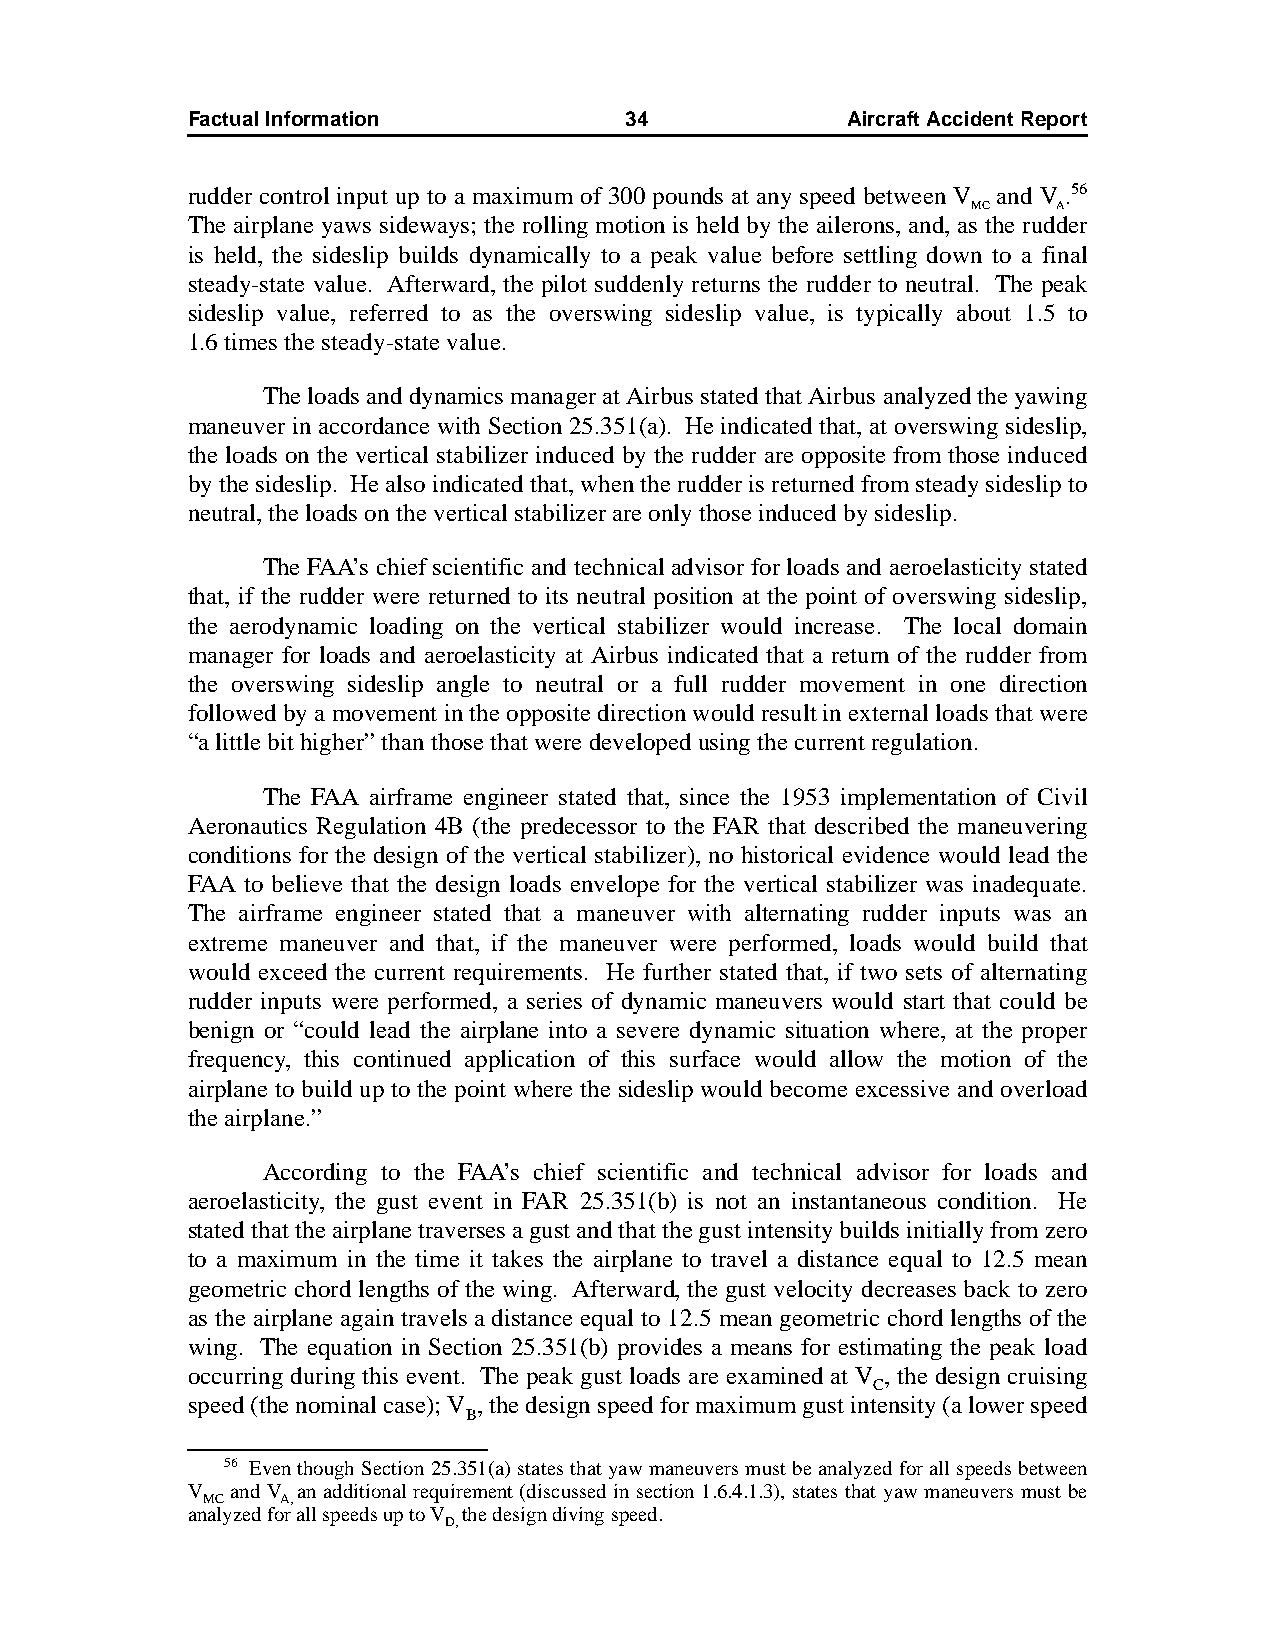
Factual Information          34             AircraftAccidentReport
 rudder control input up to a maximum of 300 pounds at any speed between V and V .56
 MC    A
 The airplane yaws sideways; the rolling motion is held by the ailerons, and, as the rudder
 is held, the sideslip builds dynamically to a peak value before settling down to a final
 steady-state value. Afterward, the pilot suddenly returns the rudder to neutral. The peak
 sideslip value, referred to as the overswing sideslip value, is typically about 1.5 to
 1.6times the steady-state value.
 The loads and dynamics manager at Airbus stated that Airbus analyzed the yawing
 maneuver in accordance with Section 25.351(a). He indicated that, at overswing sideslip,
 the loads on the vertical stabilizer induced by the rudder are opposite from those induced
 by the sideslip. He also indicated that, when the rudder is returned from steady sideslip to
 neutral, the loads on the vertical stabilizer are only those induced by sideslip.
 The FAA’s chief scientific and technical advisor for loads and aeroelasticity stated
 that, if the rudder were returned to its neutral position at the point of overswing sideslip,
 the aerodynamic loading on the vertical stabilizer would increase. The local domain
 manager for loads and aeroelasticity at Airbus indicated that a return of the rudder from
 the overswing sideslip angle to neutral or a full rudder movement in one direction
 followed by a movement in the opposite direction would result in external loads that were
 “a little bit higher” than those that were developed using the current regulation.
 The FAA airframe engineer stated that, since the 1953 implementation of Civil
 Aeronautics Regulation 4B (the predecessor to the FAR that described the maneuvering
 conditions for the design of the vertical stabilizer), no historical evidence would lead the
 FAA to believe that the design loads envelope for the vertical stabilizer was inadequate.
 The airframe engineer stated that a maneuver with alternating rudder inputs was an
 extreme maneuver and that, if the maneuver were performed, loads would build that
 would exceed the current requirements. He further stated that, if two sets of alternating
 rudder inputs were performed, a series of dynamic maneuvers would start that could be
 benign or “could lead the airplane into a severe dynamic situation where, at the proper
 frequency, this continued application of this surface would allow the motion of the
 airplane to build up to the point where the sideslip would become excessive and overload
 the airplane.”
 According to the FAA’s chief scientific and technical advisor for loads and
 aeroelasticity, the gust event in FAR 25.351(b) is not an instantaneous condition. He
 stated that the airplane traverses a gust and that the gust intensity builds initially from zero
 to a maximum in the time it takes the airplane to travel a distance equal to 12.5 mean
 geometric chord lengths of the wing. Afterward, the gust velocity decreases back to zero
 as the airplane again travels a distance equal to 12.5 mean geometric chord lengths of the
 wing. The equation in Section 25.351(b) provides a means for estimating the peak load
 occurring during this event. The peak gust loads are examined at V , the design cruising
 C
 speed (the nominal case); V , the design speed for maximum gust intensity (a lower speed
 B
 56 Even though Section 25.351(a) states that yaw maneuvers must be analyzed for all speeds between
 V  and V an additional requirement (discussed in section 1.6.4.1.3), states that yaw maneuvers must be
 MC    A,
 analyzed for all speeds up to V the design diving speed.
 D,